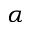
\alpha